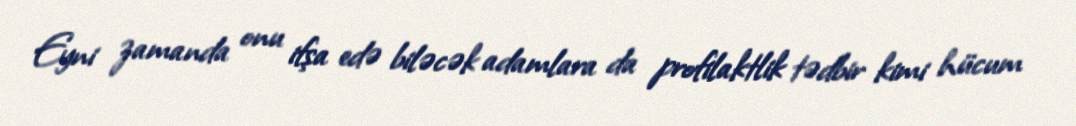
Eyni zamanda onu ifşa edə biləcək adamlara da profilaktlik tədbir kimi hücum